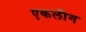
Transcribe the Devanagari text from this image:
एकलीग